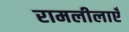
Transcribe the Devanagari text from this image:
रामलीलाएँ